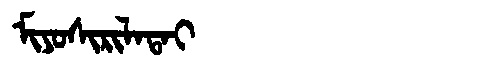
Manchu: ᠮᡳᠶᠣᠰᡳᡵᡳᠯᠠᡨᠠᡳ
Romanization: MIYOSIRILATAI